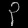
Digit: ၃